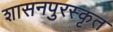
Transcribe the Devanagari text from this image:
शासनपुरस्कृत